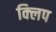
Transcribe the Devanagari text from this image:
क्‍िलप